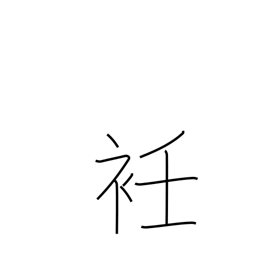
Meaning: neck of a garment